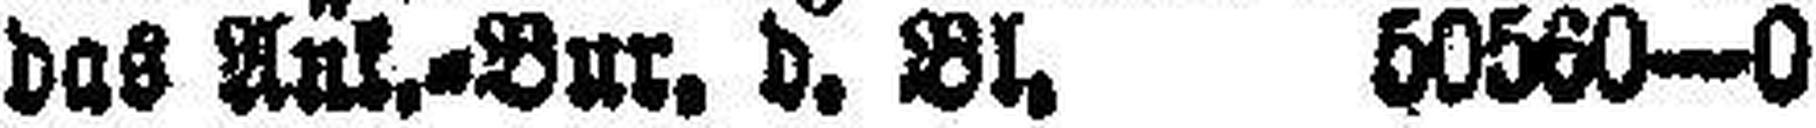
das Ank.=Bur. d. Bl. 50560—0